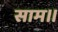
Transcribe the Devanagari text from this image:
साम।।